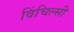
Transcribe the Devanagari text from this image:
विंचिल्सी